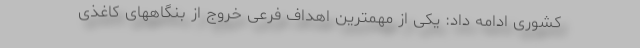
کشوری ادامه داد: یکی از مهمترین اهداف فرعی خروج از بنگاههای کاغذی